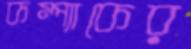
কম্প্যাকের